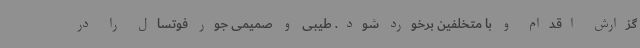
گزارش اقدام و با متخلفین برخورد شود. طیبی و صمیمی جور فوتسال را در